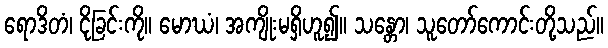
ရောဒိတံ၊ ငိုခြင်းကို။ မောဃံ၊ အကျိုးမရှိဟူ၍။ သန္တော၊ သူတော်ကောင်းတို့သည်။